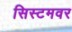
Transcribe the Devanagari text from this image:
सिस्टमवर